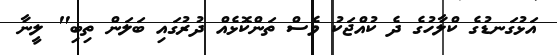
އަޅުގަނޑުގެ ކްލާހުގެ ދެ ކުއްޖަކު ވެސް ތަންކޮޅެއް ދުރުގައި ބަލަން ތިބި" ލީނާ